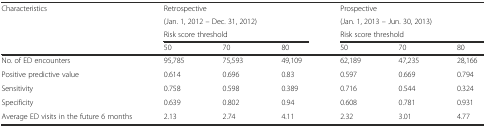
| Characteristics | <COLSPAN=3> Retrospective | <COLSPAN=3> Prospective |
 |  | <COLSPAN=3> (Jan. 1, 2012 – Dec. 31, 2012) | <COLSPAN=3> (Jan. 1, 2013 – Jun. 30, 2013) |
 |  | <COLSPAN=3> Risk score threshold | <COLSPAN=3> Risk score threshold |
 |  | 50 | 70 | 80 | 50 | 70 | 80 |
 | --- | --- | --- | --- | --- | --- | --- |
 | No. of ED encounters | 95,785 | 75,593 | 49,109 | 62,189 | 47,235 | 28,166 |
 | Positive predictive value | 0.614 | 0.696 | 0.83 | 0.597 | 0.669 | 0.794 |
 | Sensitivity | 0.758 | 0.598 | 0.389 | 0.716 | 0.544 | 0.324 |
 | Specificity | 0.639 | 0.802 | 0.94 | 0.608 | 0.781 | 0.931 |
 | Average ED visits in the future 6 months | 2.13 | 2.74 | 4.11 | 2.32 | 3.01 | 4.77 |